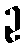
ဥ